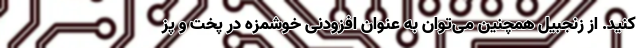
کنید. از زنجبیل همچنین می‌توان به عنوان افزودنی خوشمزه در پخت و پز